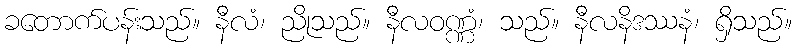
ခတောက်ပန်းသည်။ နီလံ၊ ညိုသည်။ နီလဝဏ္ဏံ၊ သည်။ နီလနိဒဿနံ၊ ရှိသည်။